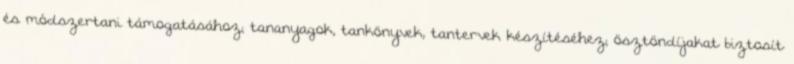
és módszertani támogatásához; tananyagok, tankönyvek, tantervek készítéséhez; ösztöndíjakat biztosít